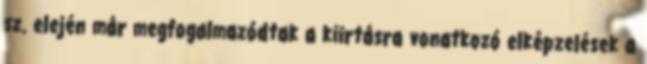
sz. elején már megfogalmazódtak a kiirtásra vonatkozó elképzelések a